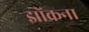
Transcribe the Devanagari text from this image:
झोंकना